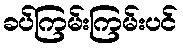
ခပ်ကြမ်းကြမ်းပင်